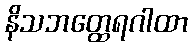
နိသဘတ္ထေရဂါထာ